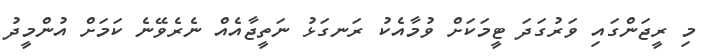
މި ރީޖަންގައި ވަރުގަދަ ޓީމަކަށް ވުމާއެކު ރަނގަޅު ނަތީޖާއެއް ނެރެވޭނެ ކަމަށް އުންމީދު